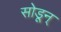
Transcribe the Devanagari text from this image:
सोडून्